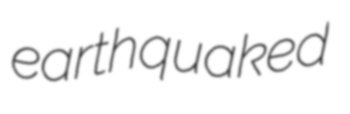
earthquaked